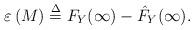
LaTeX: \begin{align*}\varepsilon \left( {{M}} \right) \buildrel \Delta \over = {F_Y}(\infty ) - {{\hat F}_Y}(\infty ).\end{align*}